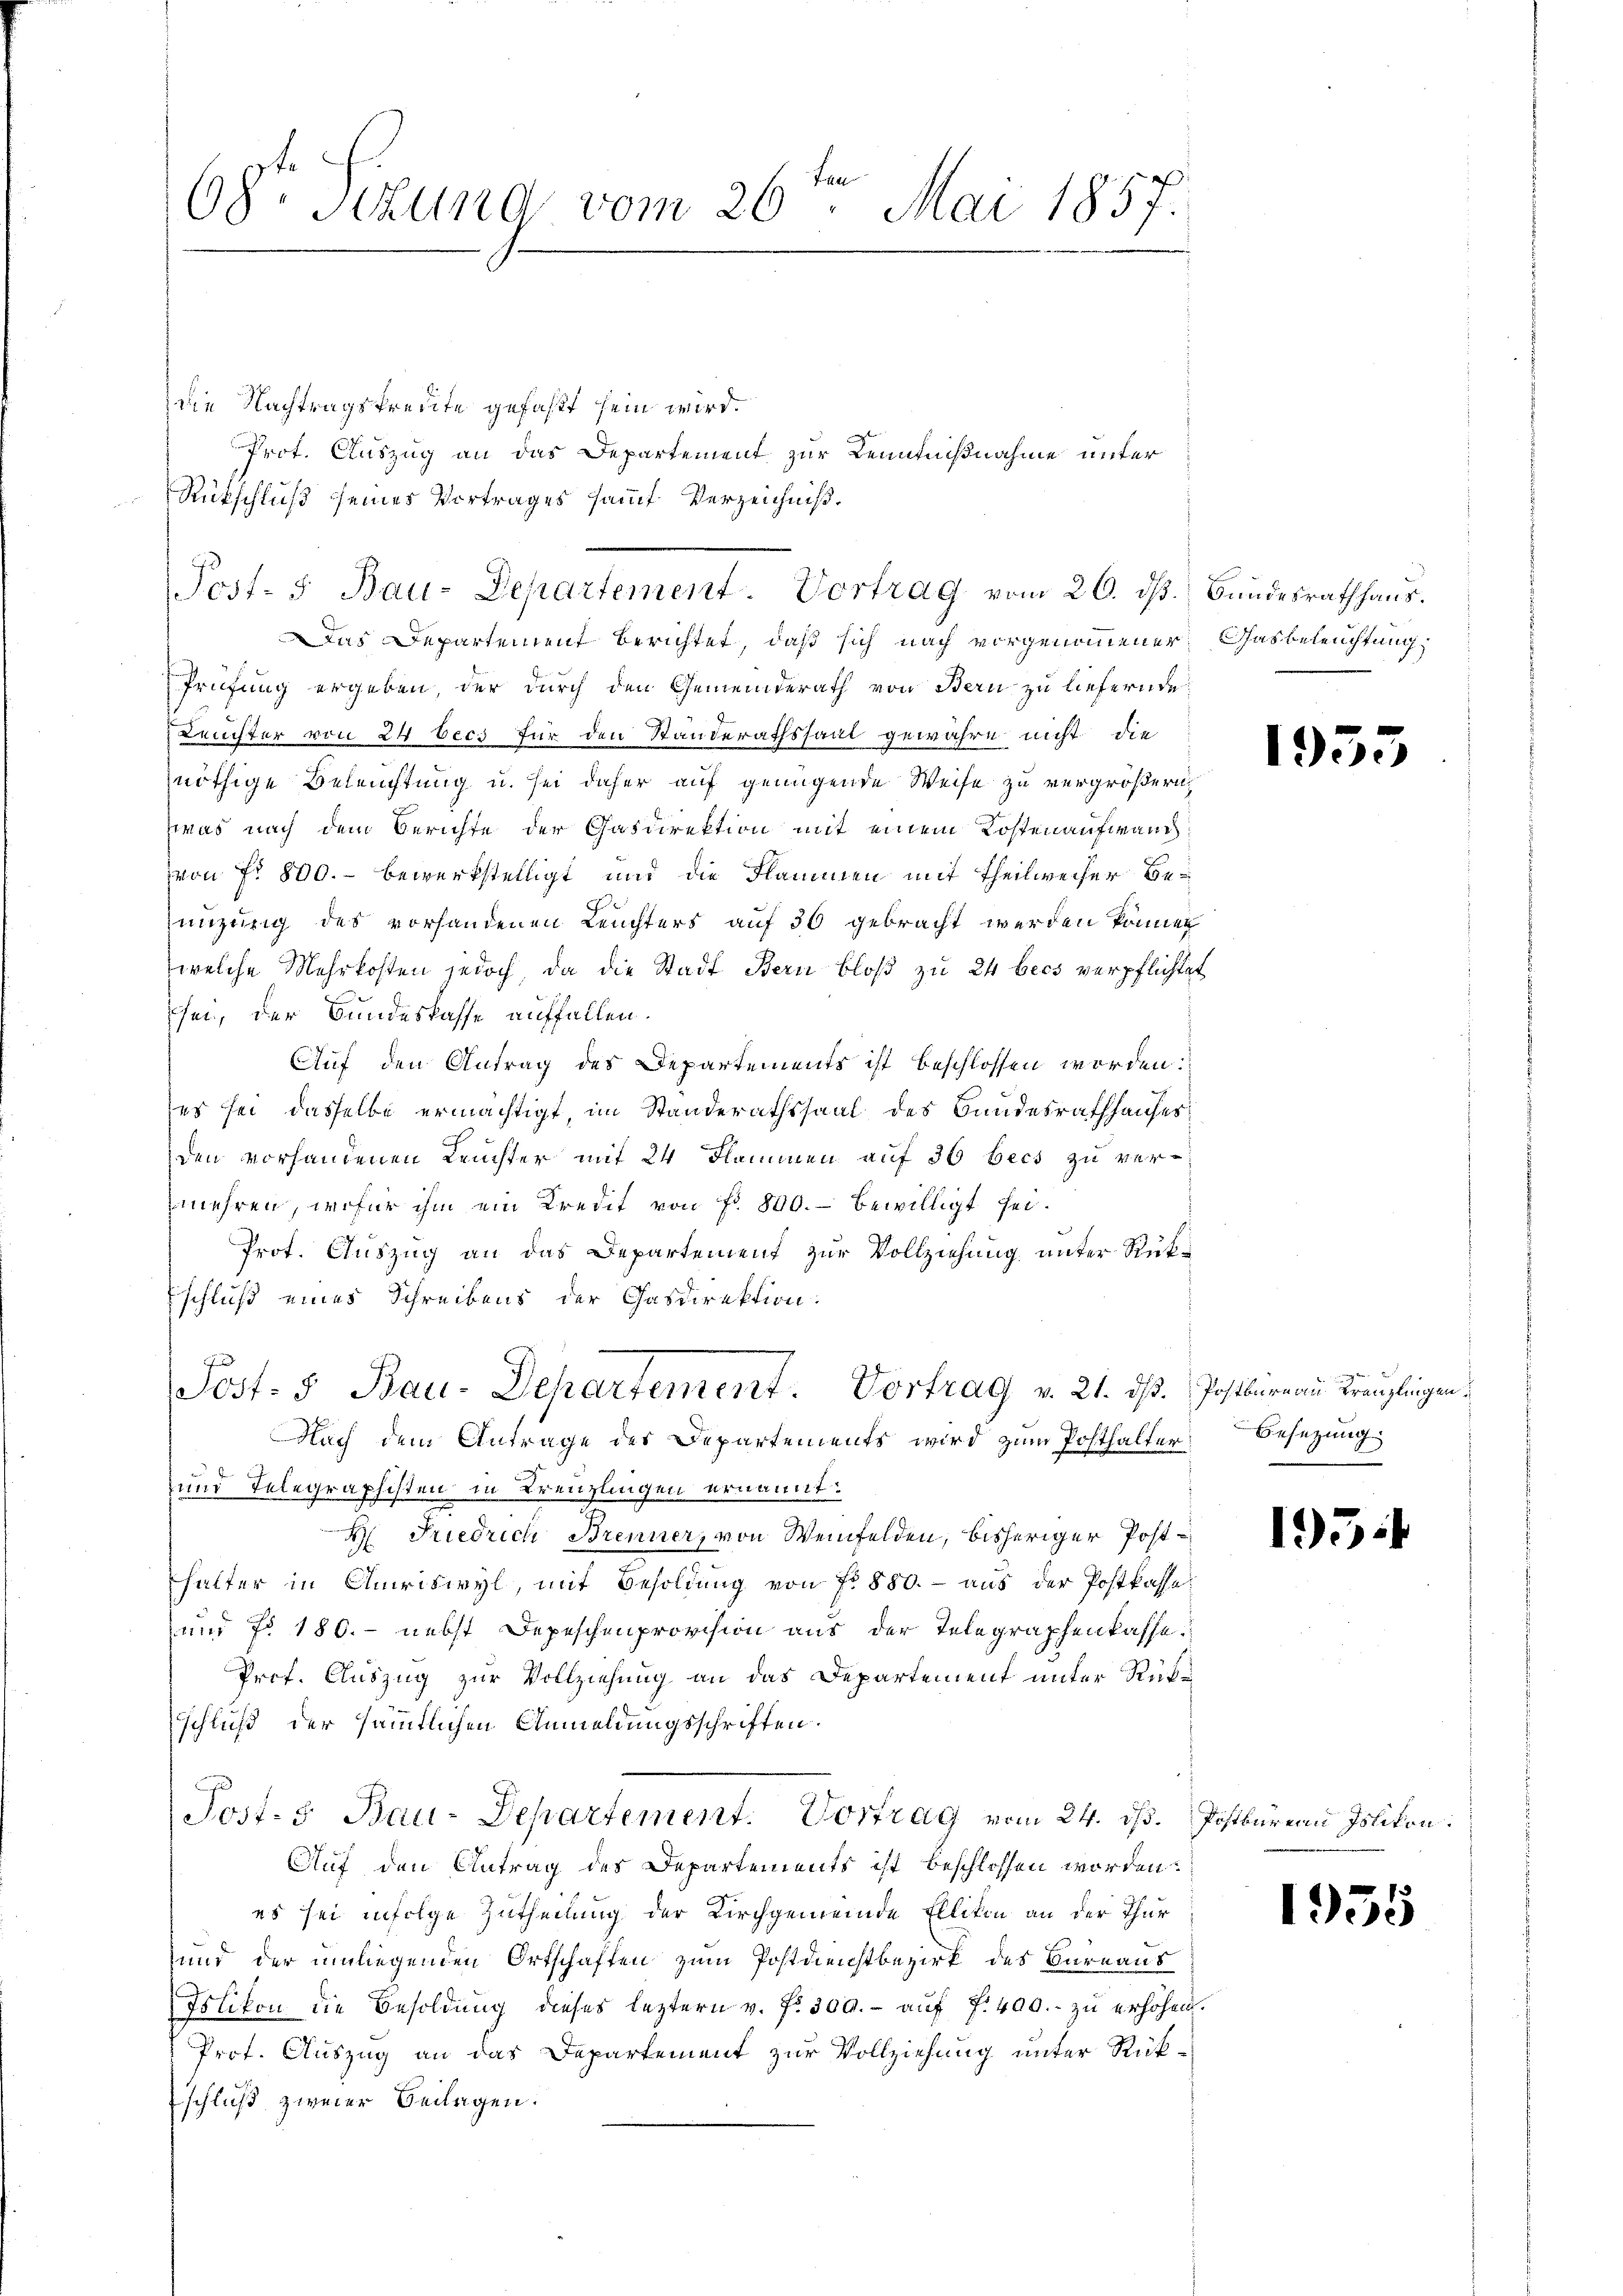
fen
68. Stund vom 26. Mai 1857.

die Nachtragsfreute gefaßt sein wird.
Rückschluß seines Vortrages sammt Verzeichniß.
Das Departement berichtet, daß sich nach vorgenommener Gasbeleuchtung,
Prüfung ergeben, der durch den Gemeinderath von Bern zu liefernde
Leuchter von 24 becs für den Standerathssaal gewähre nicht die
nöthige Beleuchtung u. sei daher auf genügende Weise zu vergrößern,
zwas nach dem Berichte der Gasdirektion mit einem Kostenaufwand
von fr. 800. bewerkstelligt und die Flammen mit Theilweiser Benizung des vorhandenen Leuchters auf 30 gebracht werden können
welche Mehrkosten jedoch, da die Stadt Bern bloß zu 24 becs verpflichtet
sei, der Bundeskasse auffallen.
Auf den Antrag des Departements ist beschlossen worden:
es sei dasselbe ermächtigt, im Standerathssaal des Bandesrathhauses
den vorhandenen Leuchter mit 24 Flammen auf 36 becs zu vermehren, wofür ihm ein Kredit von Fr. 800.- bewilligt sei.
Prot. Auszug an das Departement zur Vollziehung unter Rükschluß eines Schreibens der Gasdirektion:

Sost- u Bau-Departement. Vortrag v. 21. dß. Postbureau Kranzlingen.
Nach dem Antrage des Departements wird zum Posthalter
und Telegraphisten in Kreuzlingen ernannt:
H. Friedrich Brenner, von Weinfelden, bisheriger Postfhalter in Amriswyl, mit Besoldung von fr. 880. - aus der Postkasse
und No 180. nebst Depeschenprovision aus der Telegraphenkasse.
Prof. Auszug zur Vollziehung an das Departement unter Rükschluß der sämmtlichen Anmeldungsschriften.
Post- 5. Bau-Departement. Vortrag vom 24. ds. Postbureau Islikon:
Auf den Antrag des Departements ist beschlossen worden.
es sei infolge Zutheilung der Kirchgemeinde Ellikon an der Thur
und der umliegenden Ortschaften zum Postdienstbezirk des Bureaus
Islikon die Besoldung dieses leztern v. fr. 300.- aŭf f. 400.- zu erhöhen.
Prof. Auszug an das Departement zur Vollziehung unter Rückschluß zweier Beilagen.

Post- 5. Bau-Departement. Vortrag vom 20. dβ. Bundesrathhaus.

Prot. Auszug an das Departement zur Kennnißnahme unter

1953

Besetzung.

133

5

1955